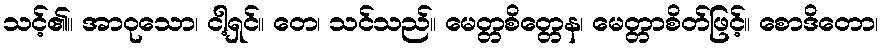
သင့်၏။ အာဝုသော၊ ငါ့ရှင်။ တေ၊ သင်သည်။ မေတ္တစိတ္တေန၊ မေတ္တာစိတ်ဖြင့်။ စောဒိတော၊